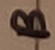
Text: B